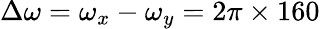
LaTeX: \Delta\omega=\omega_{x}-\omega_{y}=2\pi\times 160